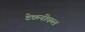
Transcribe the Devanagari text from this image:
टेकनीकल